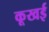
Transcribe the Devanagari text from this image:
कूखई